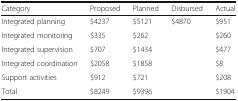
<table><thead><tr><td><b>Category</b></td><td><b>Proposed</b></td><td><b>Planned</b></td><td><b>Disbursed</b></td><td><b>Actual</b></td></tr></thead><tbody><tr><td>Integrated planning</td><td>$4237</td><td>$5121</td><td rowspan="6">$4870</td><td>$951</td></tr><tr><td>Integrated monitoring</td><td>$335</td><td>$262</td><td>$260</td></tr><tr><td>Integrated supervision</td><td>$707</td><td>$1434</td><td>$477</td></tr><tr><td>Integrated coordination</td><td>$2058</td><td>$1858</td><td>$8</td></tr><tr><td>Support activities</td><td>$912</td><td>$721</td><td>$208</td></tr><tr><td>Total</td><td>$8249</td><td>$9396</td><td>$1904</td></tr></tbody></table>